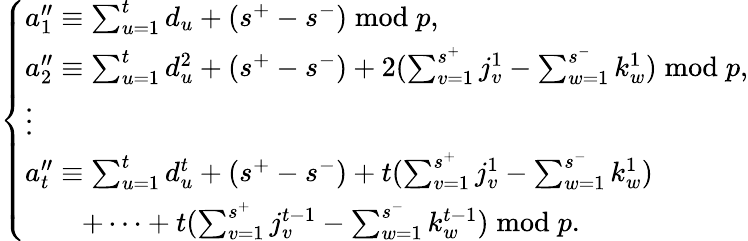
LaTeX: \left\{ \begin{array}{ll}{a_{1}^{\prime\prime}\equiv\sum_{u=1}^{t}d_{u}+(s^{+}-s^{-})\bmod p,}\\ {a_{2}^{\prime\prime}\equiv\sum_{u=1}^{t}d_{u}^{2}+(s^{+}-s^{-})+2(\sum_{v=1}^{s^{+}}j_{v}^{1}-\sum_{w=1}^{s^{-}}k_{w}^{1})\bmod p,}\\ {\vdots}\\ {a_{t}^{\prime\prime}\equiv\sum_{u=1}^{t}d_{u}^{t}+(s^{+}-s^{-})+t(\sum_{v=1}^{s^{+}}j_{v}^{1}-\sum_{w=1}^{s^{-}}k_{w}^{1})}\\ {\qquad+\dotsm+t(\sum_{v=1}^{s^{+}}j_{v}^{t-1}-\sum_{w=1}^{s^{-}}k_{w}^{t-1})\bmod p.}\end{array}\right.